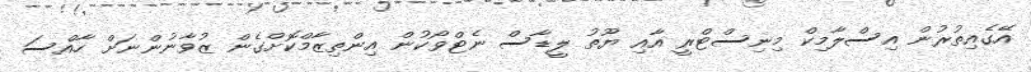
އޭގެއިތުރުން އިސްލާމިކް މިނިސްޓްރީ އާއި ޔޫތު ލީޑާސް ނެޓްވޯކުން އިންތިޒާމްކޮށްގެން ޒުވާނުންނަށް ހާއްސަ